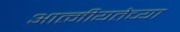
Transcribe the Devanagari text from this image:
आत्मीयतेच्या